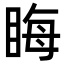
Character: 䀲